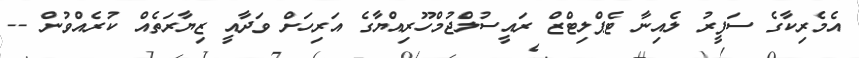
އެމެރިކާގެ ސަފީރު ލެއިނާ ޓެޕްލިޓްޒް ރައީސުލްޖުމްހޫރިއްޔާގެ އަރިހަށް ވަދާއީ ޒިޔާރަތެއް ކުރެއްވުން --